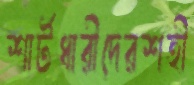
শার্টধারীদেরশহী